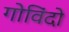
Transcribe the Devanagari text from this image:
गोविंदो